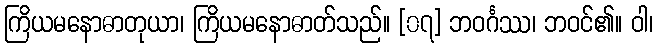
ကြိယမနောဓာတုယာ၊ ကြိယမနောဓာတ်သည်။ [၀၇] ဘဝင်္ဂဿ၊ ဘဝင်၏။ ဝါ၊